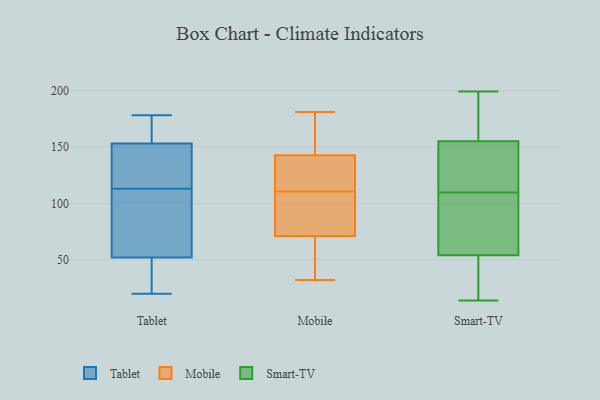
{"axis": {"x": "Shipments", "y": "Value"}, "legend": ["Mobile", "Smart-TV", "Tablet"], "data": [{"x": "", "y": 90, "type": "Tablet"}, {"x": "", "y": 26, "type": "Tablet"}, {"x": "", "y": 20, "type": "Tablet"}, {"x": "", "y": 124, "type": "Tablet"}, {"x": "", "y": 113, "type": "Tablet"}, {"x": "", "y": 153, "type": "Tablet"}, {"x": "", "y": 153, "type": "Tablet"}, {"x": "", "y": 70, "type": "Tablet"}, {"x": "", "y": 46, "type": "Tablet"}, {"x": "", "y": 125, "type": "Tablet"}, {"x": "", "y": 178, "type": "Tablet"}, {"x": "", "y": 113, "type": "Tablet"}, {"x": "", "y": 178, "type": "Tablet"}, {"x": "", "y": 174, "type": "Tablet"}, {"x": "", "y": 114, "type": "Tablet"}, {"x": "", "y": 52, "type": "Tablet"}, {"x": "", "y": 102, "type": "Tablet"}, {"x": "", "y": 50, "type": "Tablet"}, {"x": "", "y": 58, "type": "Mobile"}, {"x": "", "y": 119, "type": "Mobile"}, {"x": "", "y": 72, "type": "Mobile"}, {"x": "", "y": 104, "type": "Mobile"}, {"x": "", "y": 76, "type": "Mobile"}, {"x": "", "y": 73, "type": "Mobile"}, {"x": "", "y": 151, "type": "Mobile"}, {"x": "", "y": 169, "type": "Mobile"}, {"x": "", "y": 132, "type": "Mobile"}, {"x": "", "y": 117, "type": "Mobile"}, {"x": "", "y": 32, "type": "Mobile"}, {"x": "", "y": 70, "type": "Mobile"}, {"x": "", "y": 134, "type": "Mobile"}, {"x": "", "y": 181, "type": "Mobile"}, {"x": "", "y": 57, "type": "Mobile"}, {"x": "", "y": 181, "type": "Mobile"}, {"x": "", "y": 199, "type": "Smart-TV"}, {"x": "", "y": 14, "type": "Smart-TV"}, {"x": "", "y": 73, "type": "Smart-TV"}, {"x": "", "y": 85, "type": "Smart-TV"}, {"x": "", "y": 134, "type": "Smart-TV"}, {"x": "", "y": 69, "type": "Smart-TV"}, {"x": "", "y": 168, "type": "Smart-TV"}, {"x": "", "y": 50, "type": "Smart-TV"}, {"x": "", "y": 28, "type": "Smart-TV"}, {"x": "", "y": 17, "type": "Smart-TV"}, {"x": "", "y": 142, "type": "Smart-TV"}, {"x": "", "y": 136, "type": "Smart-TV"}, {"x": "", "y": 58, "type": "Smart-TV"}, {"x": "", "y": 172, "type": "Smart-TV"}, {"x": "", "y": 139, "type": "Smart-TV"}, {"x": "", "y": 177, "type": "Smart-TV"}]}